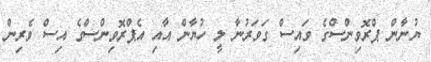
ޔުނާން ޕްރޮވިންސްގެ ވައިސް ގަވަރުނާ ލީ ހުޔާން އާއި އެޕްރޮވިންސްގެ އިސް ވެރިން